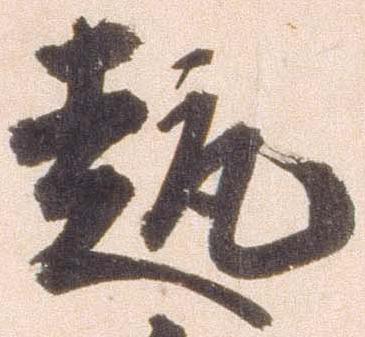
趣